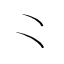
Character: ⺀